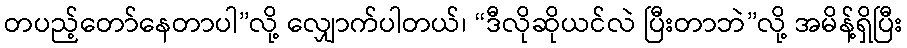
တပည့်တော်နေတာပါ”လို့ လျှောက်ပါတယ်၊ “ဒီလိုဆိုယင်လဲ ပြီးတာဘဲ”လို့ အမိန့်ရှိပြီး